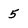
Character: 5